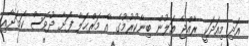
އަދި މިއަދަކީ ރާއްޖެ އަލުން ބިނާކުރުމުގެ އާ މަރްޙަލާ ފަށާ ދުވަސް ކަމަށާއި